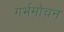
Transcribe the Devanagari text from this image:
गर्भमोचन